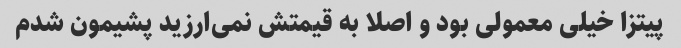
پیتزا خیلی معمولی بود و اصلا به قیمتش نمی‌ارزید پشیمون شدم